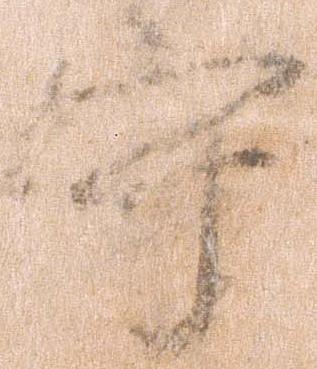
守